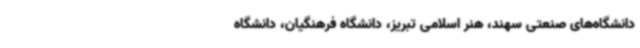
دانشگاه‌های صنعتی سهند، هنر اسلامی تبریز، دانشگاه فرهنگیان، دانشگاه